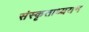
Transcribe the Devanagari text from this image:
संस्कृताध्ययन